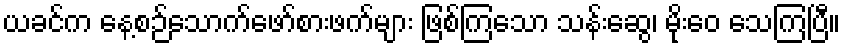
ယခင်က နေ့စဉ်သောက်ဖော်စားဖက်များ ဖြစ်ကြသော သန်းဆွေ၊ မိုးဝေ သေကြပြီ။